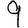
Digit: 9